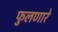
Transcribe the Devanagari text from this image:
फुलणारे